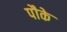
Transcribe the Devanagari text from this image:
पौके